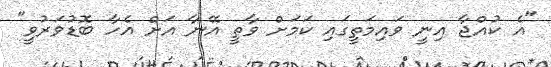
"އެ ކުއްޖާ އިނީ ވައިމަތީގައި ކަމަށް ވާތީ އޭނާ އަށް އެހާ ބޮޑުވަރުވީ"